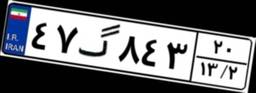
۴۷گ۸۴۳۲۰